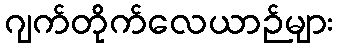
ဂျက်တိုက်လေယာဉ်များ